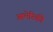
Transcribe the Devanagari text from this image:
आमेरिकी